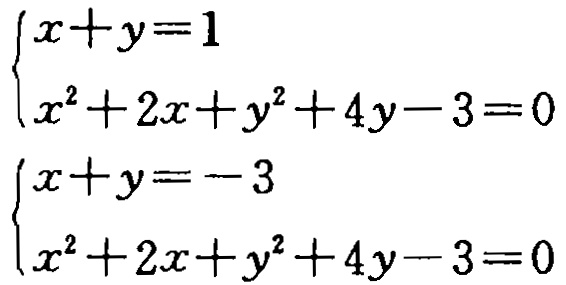
\[\begin{cases}
x + y = 1\\
x^{2}+2x + y^{2}+4y - 3 = 0
\end{cases}\]
\[\begin{cases}
x + y = -3\\
x^{2}+2x + y^{2}+4y - 3 = 0
\end{cases}\]